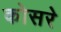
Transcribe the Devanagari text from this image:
कोसरे